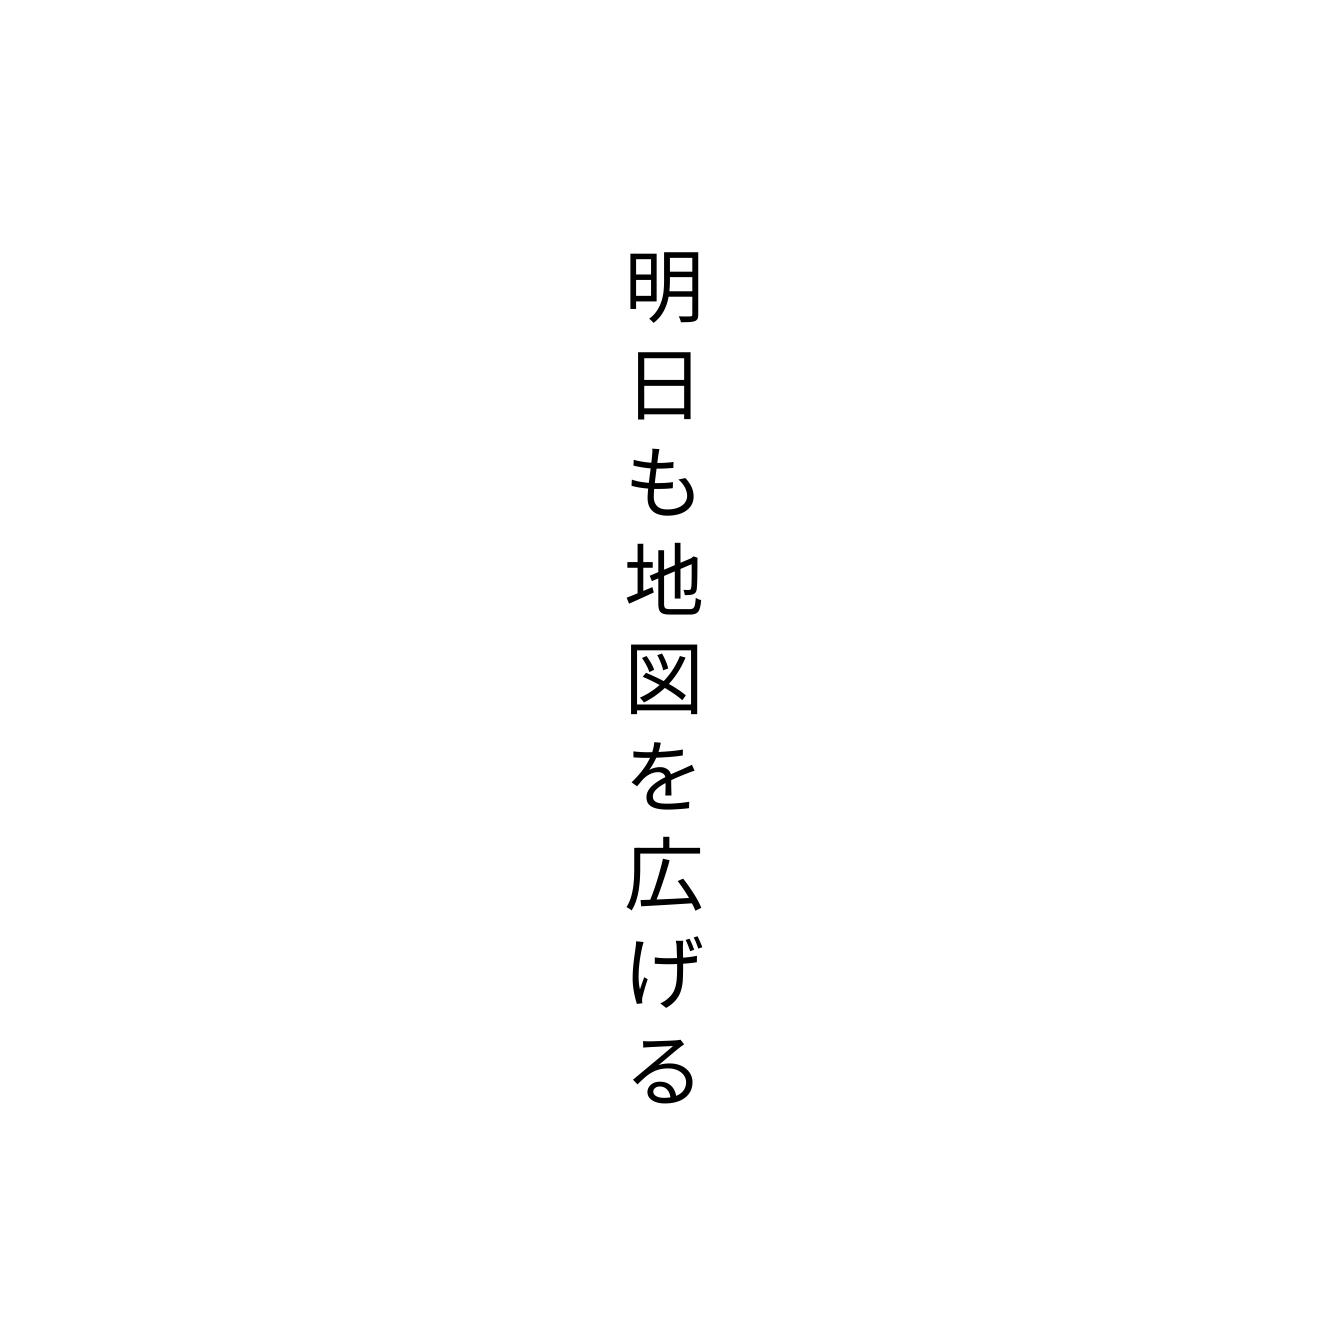
明日も地図を広げる